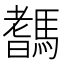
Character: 𩥞